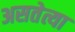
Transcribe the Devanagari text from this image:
असतेत्या